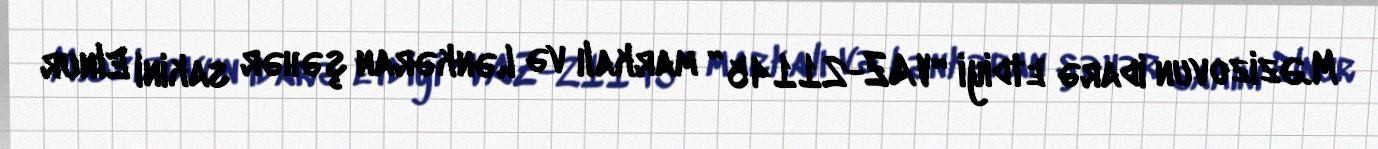
M.Əzizovun idarə etdiyi “VAZ-21145” markalı və Lənkəran şəhər sakini Elnur